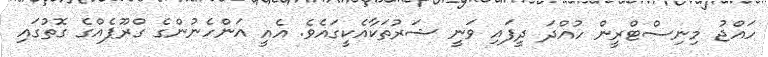
ހައްޖު މިނިސްޓްރީން ހުއްދަ ދީފައި ވަނީ ޝަރުތަކާއެކީގައެވެ. އެއީ އަންހެނުންގެ ގްރޫޕެއްގެ ގޮތުގައި